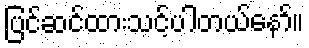
ပြင်ဆင်ထားသင့်ပါတယ်နော်။